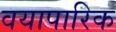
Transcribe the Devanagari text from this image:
वयापारिक